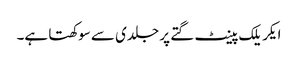
ایکریلک پینٹ گتے پر جلدی سے سوکھتا ہے۔